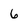
Character: 6